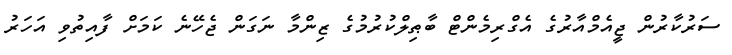
ސަރުކާރުން ޖީއެމްއާރުގެ އެގްރިމެންޓް ބާޠިލްކުރުމުގެ ޒިންމާ ނަގަން ޖެހޭނެ ކަމަށް ފާއިތުވި އަހަރު